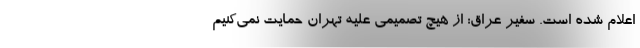
اعلام شده است. سفیر عراق: از هیچ تصمیمی علیه تهران حمایت نمی‌کنیم